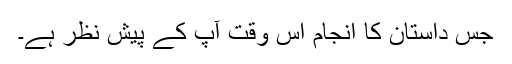
جس داستان کا انجام اس وقت آپ کے پیش نظر ہے۔